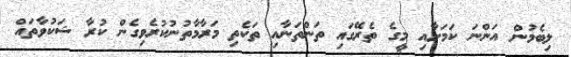
ލިބެމުން އަންނަ ކަމަށާއި މީގެ ތެރޭގައި ތަންތަނާއި ތަކެތި މަރާމާތުނުކުރެވިގެން ކުރާ ޝަކުވާތައް